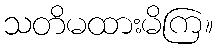
သတိမထားမိကြ။